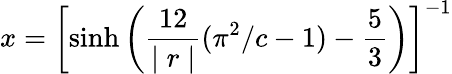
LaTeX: x=\left[\sinh\left(\frac{12}{\mid r\mid}(\pi^{2}/c-1)-\frac{5}{3}\right)\right]^{-1}